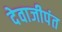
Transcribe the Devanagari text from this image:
देवाजीपंत